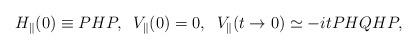
LaTeX: \begin{align*}H_{\parallel}(0) \equiv PHP, \; \; V_{\parallel}(0) = 0,\; \; V_{\parallel} (t \rightarrow0) \simeq -itPHQHP,\end{align*}